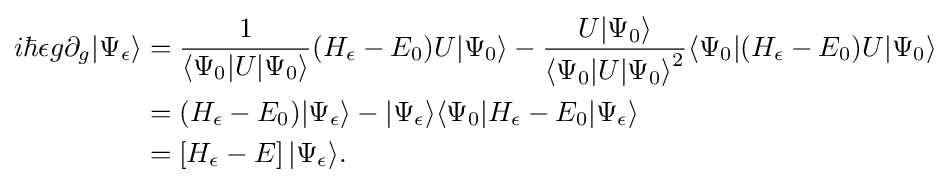
{\begin{aligned}i\hbar \epsilon g\partial _{g}|\Psi _{\epsilon }\rangle &={\frac {1}{\langle \Psi _{0}|U|\Psi _{0}\rangle }}(H_{\epsilon }-E_{0})U|\Psi _{0}\rangle -{\frac {U|\Psi _{0}\rangle }{{\langle \Psi _{0}|U|\Psi _{0}\rangle }^{2}}}\langle \Psi _{0}|(H_{\epsilon }-E_{0})U|\Psi _{0}\rangle \\&=(H_{\epsilon }-E_{0})|\Psi _{\epsilon }\rangle -|\Psi _{\epsilon }\rangle \langle \Psi _{0}|H_{\epsilon }-E_{0}|\Psi _{\epsilon }\rangle \\&=\left[H_{\epsilon }-E\right]|\Psi _{\epsilon }\rangle .\end{aligned}}